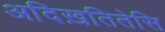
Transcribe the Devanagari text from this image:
अदिख़तितेसि